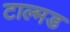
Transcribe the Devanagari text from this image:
टाल्मड